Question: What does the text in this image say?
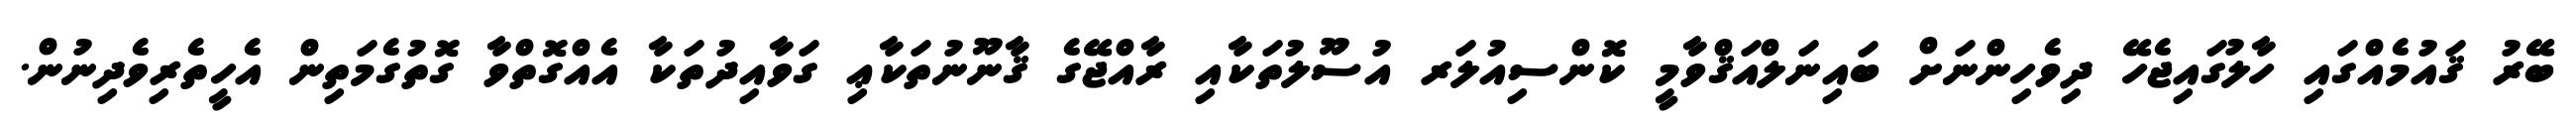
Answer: ބޭރު ޤައުމެއްގައި ހާލުގައިޖެހޭ ދިވެހިންނަށް ބައިނަލްއަޤްވާމީ ކޮންސިއުލަރ އުސޫލުތަކާއި ރާއްޖޭގެ ޤާނޫނުތަކާޢި ގަވާއިދުތަކާ އެއްގޮތްވާ ގޮތުގެމަތިން އެހީތެރިވެދިނުން.